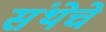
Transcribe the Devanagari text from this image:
संथेचे